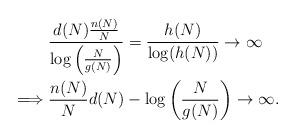
LaTeX: \begin{align*}&\frac{d(N)\frac{n(N)}{N}}{\log\left(\frac{N}{g(N)}\right)}=\frac{h(N)}{\log(h(N))}\to\infty\\\implies& \frac{n(N)}{N}d(N)-\log\left(\frac{N}{g(N)}\right)\to\infty.\end{align*}